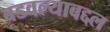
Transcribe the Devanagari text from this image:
बडवल्याबद्दल